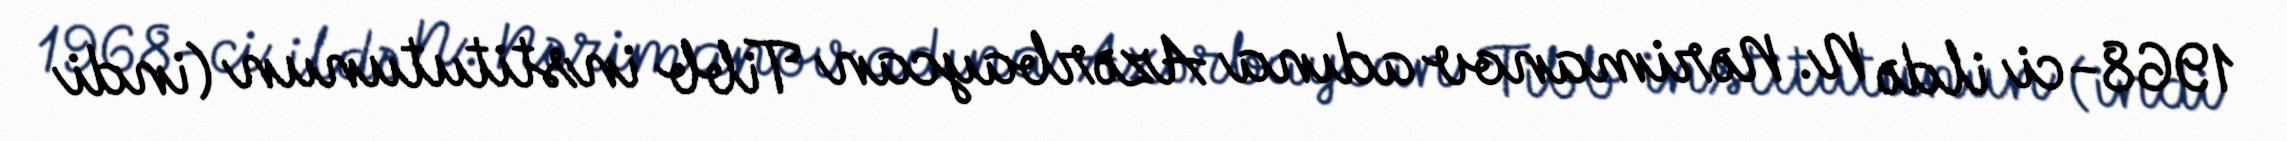
1968-ci ildə N. Nərimanov adına Azərbaycan Tibb institutunun (indi